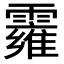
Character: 𩆄